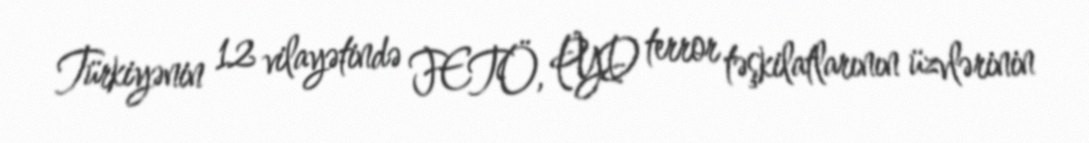
Türkiyənin 12 vilayətində FETÖ, PYD terror təşkilatlarının üzvlərinin